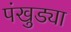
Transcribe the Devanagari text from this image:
पंखुड्या